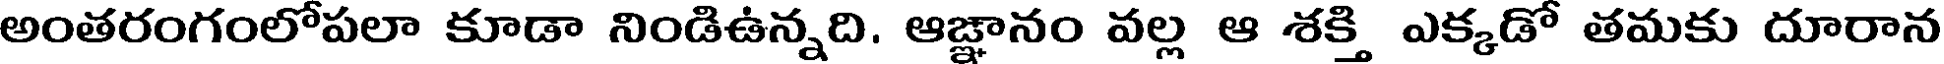
అంతరంగంలోపలా కూడా నిండిఉన్నది. ఆజ్ఞానం వల్ల ఆ శక్తి ఎక్కడో తమకు దూరాన